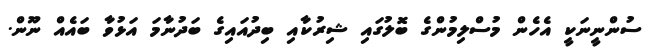
ސުންނީނަކީ އެހެން މުސްލިމުންގެ ބޮލުގައި ޝިރުކާއި ބިދުއައިގެ ބަދުނާމަ އަޅުވާ ބައެއް ނޫން.